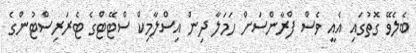
ބެލެވޭ ގޮތުގައި އެއީ ވެސް ފްރާންސަށް ހަމަލާ ދިން އިސްލާމިކް ސްޓޭޓްގެ ޓެރަރިސްޓުންގެ